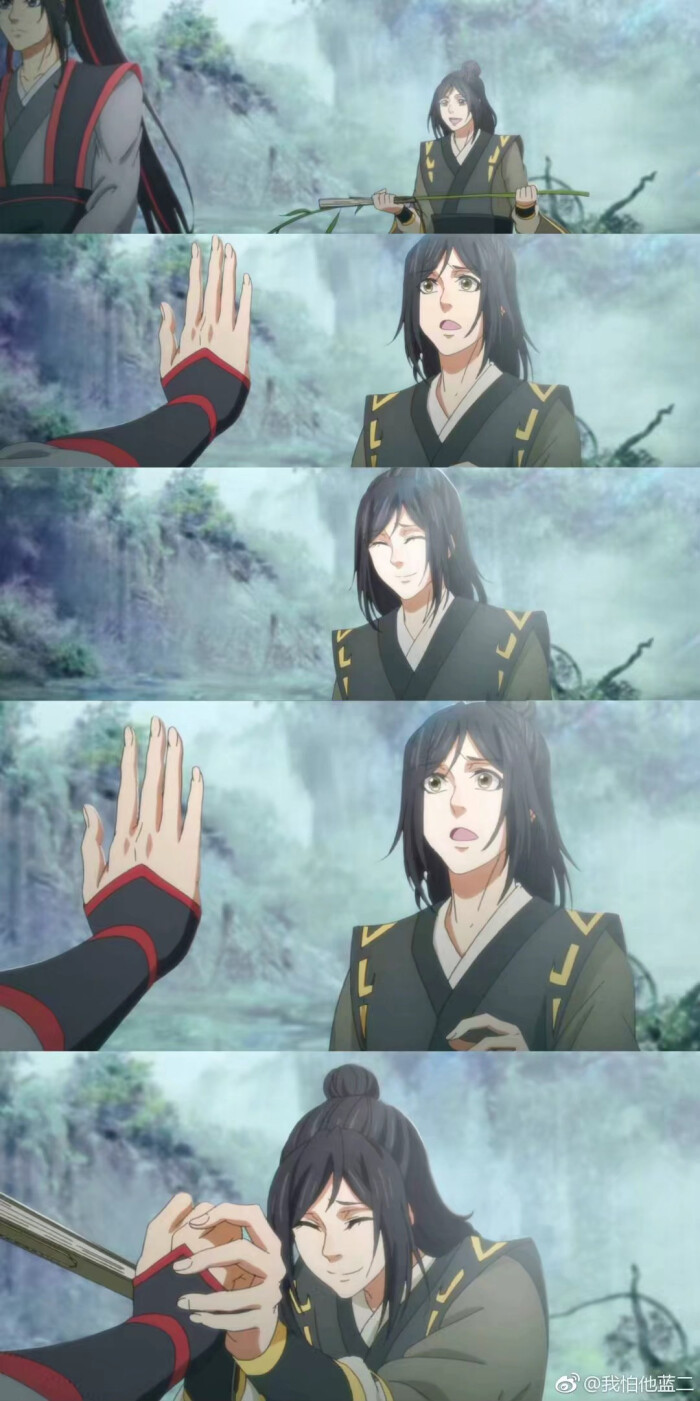
君是南山遗爱守，我为剑外思归客。